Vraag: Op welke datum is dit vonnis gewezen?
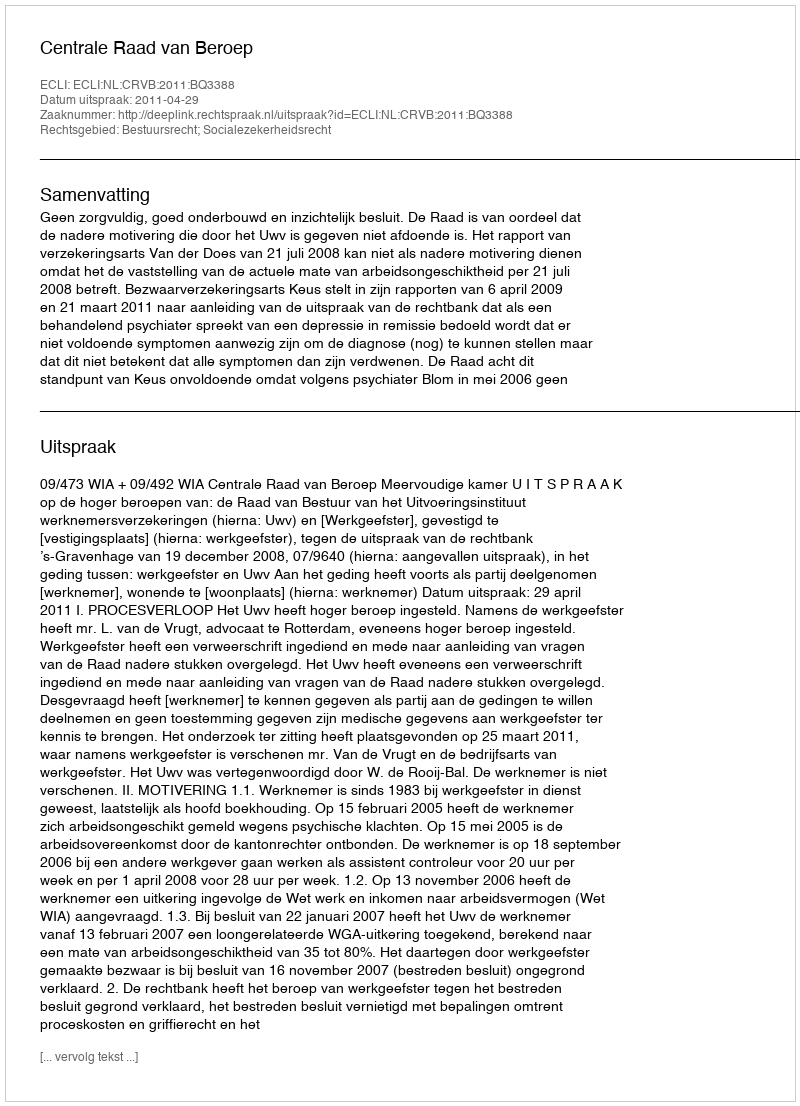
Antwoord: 2011-04-29